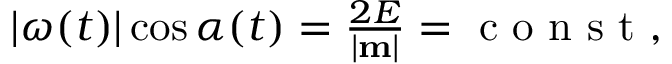
\begin{array} { r } { | \boldsymbol { \omega } ( t ) | \cos \alpha ( t ) = \frac { 2 E } { | { \bf m } | } = \mathrm { ~ c ~ o ~ n ~ s ~ t ~ } , } \end{array}